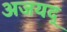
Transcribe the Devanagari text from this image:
अजयद्